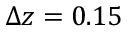
\Delta z = 0 . 1 5